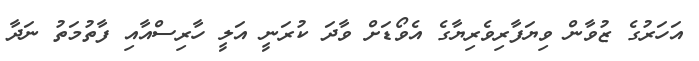
އަހަރުގެ ޒުވާން ވިޔަފާރިވެރިޔާގެ އެވޯޑަށް ވާދަ ކުރަނީ އަލީ ހާރިސްއާއި ފާތުމަތު ނަދާ